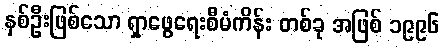
နှစ်ဦးဖြစ်သော ရှာဖွေရေးစီမံကိန်း တစ်ခု အဖြစ် ၁၉၉၆